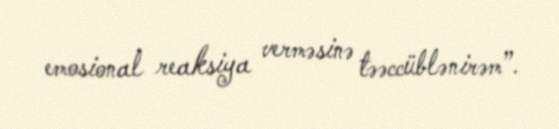
emosional reaksiya verməsinə təəccüblənirəm”.